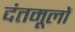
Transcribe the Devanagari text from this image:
दंतमूलों